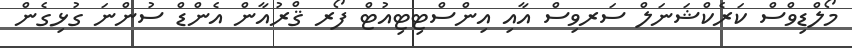
މޯލްޑިވްސް ކަރެކްޝަނަލް ސަރވިސް އާއި އިންސްޓިޓިއުޓް ފޯރ ޤްރުއާން އެންޑް ސުންނަ ގުޅިގެން